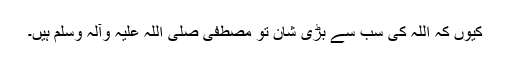
کیوں کہ اللہ کی سب سے بڑی شان تو مصطفیٰ صلی اللہ علیہ وآلہ وسلم ہیں۔